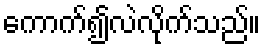
ကောက်၍လဲလိုက်သည်။